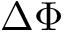
\Delta \Phi